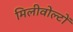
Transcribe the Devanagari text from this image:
मिलीवोल्टों